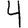
Digit: 4